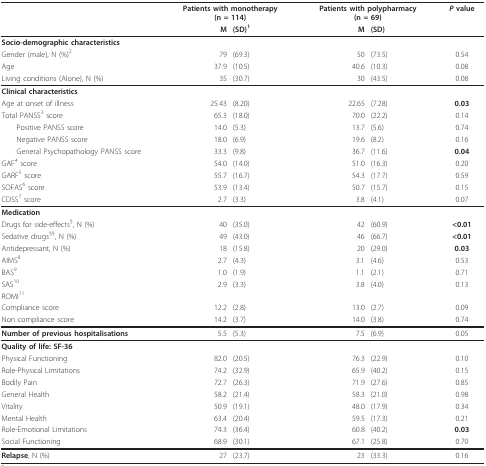
<table><thead><tr><td></td><td colspan="2"><b>Patients with monotherapy (n = 114)</b></td><td colspan="2"><b>Patients with polypharmacy (n = 69)</b></td><td><b><i>P </i>value</b></td></tr><tr><td></td><td><b>M</b></td><td><b>(SD)<sup>1</sup></b></td><td><b>M</b></td><td><b>(SD)</b></td><td></td></tr></thead><tbody><tr><td><b>Socio-demographic characteristics</b></td><td></td><td></td><td></td><td></td><td></td></tr><tr><td>Gender (male), N (%)<sup>2</sup></td><td>79</td><td>(69.3)</td><td>50</td><td>(73.5)</td><td>0.54</td></tr><tr><td>Age</td><td>37.9</td><td>(10.5)</td><td>40.6</td><td>(10.3)</td><td>0.08</td></tr><tr><td>Living conditions (Alone), N (%)</td><td>35</td><td>(30.7)</td><td>30</td><td>(43.5)</td><td>0.08</td></tr><tr><td><b>Clinical characteristics</b></td><td></td><td></td><td></td><td></td><td></td></tr><tr><td>Age at onset of illness</td><td>25.43</td><td>(8.20)</td><td>22.65</td><td>(7.28)</td><td><b>0.03</b></td></tr><tr><td>Total PANSS<sup>3 </sup>score</td><td>65.3</td><td>(18.0)</td><td>70.0</td><td>(22.2)</td><td>0.14</td></tr><tr><td> Positive PANSS score</td><td>14.0</td><td>(5.3)</td><td>13.7</td><td>(5.6)</td><td>0.74</td></tr><tr><td> Negative PANSS score</td><td>18.0</td><td>(6.9)</td><td>19.6</td><td>(8.2)</td><td>0.16</td></tr><tr><td> General Psychopathology PANSS score</td><td>33.3</td><td>(9.8)</td><td>36.7</td><td>(11.6)</td><td><b>0.04</b></td></tr><tr><td>GAF<sup>4 </sup>score</td><td>54.0</td><td>(14.0)</td><td>51.0</td><td>(16.3)</td><td>0.20</td></tr><tr><td>GARF<sup>5 </sup>score</td><td>55.7</td><td>(16.7)</td><td>54.3</td><td>(17.7)</td><td>0.59</td></tr><tr><td>SOFAS<sup>6 </sup>score</td><td>53.9</td><td>(13.4)</td><td>50.7</td><td>(15.7)</td><td>0.15</td></tr><tr><td>CDSS<sup>7 </sup>score</td><td>2.7</td><td>(3.3)</td><td>3.8</td><td>(4.1)</td><td>0.07</td></tr><tr><td><b>Medication</b></td><td></td><td></td><td></td><td></td><td></td></tr><tr><td>Drugs for side-effects<sup>§</sup>, N (%)</td><td>40</td><td>(35.0)</td><td>42</td><td>(60.9)</td><td><b>&lt;0.01</b></td></tr><tr><td>Sedative drugs<sup>§§</sup>, N (%)</td><td>49</td><td>(43.0)</td><td>46</td><td>(66.7)</td><td><b>&lt;0.01</b></td></tr><tr><td>Antidepressant, N (%)</td><td>18</td><td>(15.8)</td><td>20</td><td>(29.0)</td><td><b>0.03</b></td></tr><tr><td>AIMS<sup>8</sup></td><td>2.7</td><td>(4.3)</td><td>3.1</td><td>(4.6)</td><td>0.53</td></tr><tr><td>BAS<sup>9</sup></td><td>1.0</td><td>(1.9)</td><td>1.1</td><td>(2.1)</td><td>0.71</td></tr><tr><td>SAS<sup>10</sup></td><td>2.9</td><td>(3.3)</td><td>3.8</td><td>(4.0)</td><td>0.13</td></tr><tr><td>ROMI<sup>11</sup></td><td></td><td></td><td></td><td></td><td></td></tr><tr><td>Compliance score</td><td>12.2</td><td>(2.8)</td><td>13.0</td><td>(2.7)</td><td>0.09</td></tr><tr><td>Non compliance score</td><td>14.2</td><td>(3.7)</td><td>14.0</td><td>(3.8)</td><td>0.74</td></tr><tr><td><b>Number of previous hospitalisations</b></td><td>5.5</td><td>(5.3)</td><td>7.5</td><td>(6.9)</td><td>0.05</td></tr><tr><td><b>Quality of life: SF-36</b></td><td></td><td></td><td></td><td></td><td></td></tr><tr><td>Physical Functioning</td><td>82.0</td><td>(20.5)</td><td>76.3</td><td>(22.9)</td><td>0.10</td></tr><tr><td>Role-Physical Limitations</td><td>74.2</td><td>(32.9)</td><td>65.9</td><td>(40.2)</td><td>0.15</td></tr><tr><td>Bodily Pain</td><td>72.7</td><td>(26.3)</td><td>71.9</td><td>(27.6)</td><td>0.85</td></tr><tr><td>General Health</td><td>58.2</td><td>(21.4)</td><td>58.3</td><td>(21.0)</td><td>0.98</td></tr><tr><td>Vitality</td><td>50.9</td><td>(19.1)</td><td>48.0</td><td>(17.9)</td><td>0.34</td></tr><tr><td>Mental Health</td><td>63.4</td><td>(20.4)</td><td>59.5</td><td>(17.3)</td><td>0.21</td></tr><tr><td>Role-Emotional Limitations</td><td>74.3</td><td>(36.4)</td><td>60.8</td><td>(40.2)</td><td><b>0.03</b></td></tr><tr><td>Social Functioning</td><td>68.9</td><td>(30.1)</td><td>67.1</td><td>(25.8)</td><td>0.70</td></tr><tr><td><b>Relapse</b>, N (%)</td><td>27</td><td>(23.7)</td><td>23</td><td>(33.3)</td><td>0.16</td></tr></tbody></table>